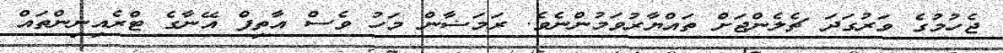
ޖެހުމުގެ ވަރުގަދަ ޗެލެންޖަށް ތައްޔާރުވަމުންނެވެ. ރަމަޟާން މަހު ވެސް އާތިފް އޭނާގެ ޓްރެއިނިންތައް